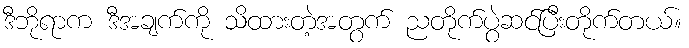
ဒီဘိုရာက ဒီအချက်ကို သိထားတဲ့အတွက် ညတိုက်ပွဲဆင်ပြီးတိုက်တယ်။